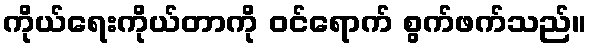
ကိုယ်ရေးကိုယ်တာကို ဝင်ရောက် စွက်ဖက်သည်။